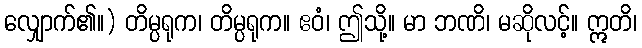
လျှောက်၏။) တိမ္ပရုက၊ တိမ္ပရုက။ ဧဝံ၊ ဤသို့။ မာ ဘဏိ၊ မဆိုလင့်။ ဣတိ၊